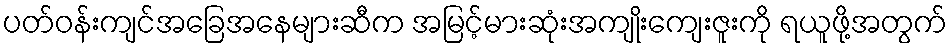
ပတ်ဝန်းကျင်အခြေအနေများဆီက အမြင့်မားဆုံးအကျိုးကျေးဇူးကို ရယူဖို့အတွက်